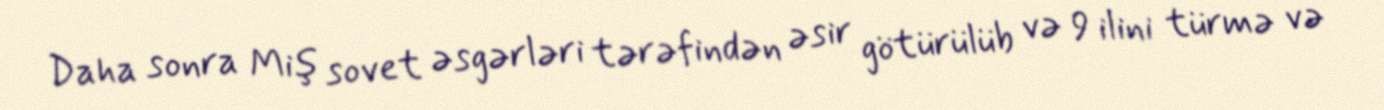
Daha sonra Miş sovet əsgərləri tərəfindən əsir götürülüb və 9 ilini türmə və